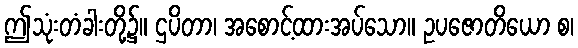
ဤသုံးတံခါးတို့၌။ ဌပိတာ၊ အစောင့်ထားအပ်သော။ ဥပဇောတိယော စ၊